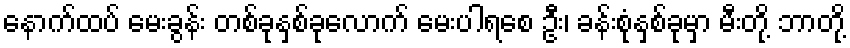
နောက်ထပ် မေးခွန်း တစ်ခုနှစ်ခုလောက် မေးပါရစေ ဦး၊ ခန်းစုံနှစ်ခုမှာ မီးတို့ ဘာတို့